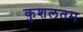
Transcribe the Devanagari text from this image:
कुशलतम